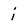
Character: i